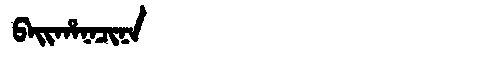
Manchu: ᠪᠠᡳᡥᠠᠨᠠᠴᡳᠨᠠ
Romanization: BAIHANACINA